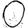
Digit: 0